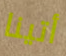
أتينا